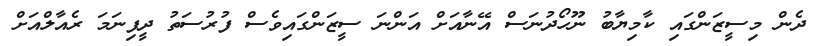
ދެން މިސީޒަންގައި ކާމިޔާބު ނޫހޯދުނަސް އޭނާއަށް އަންނަ ސީޒަންގައިވެސް ފުރުސަތު ދީފިނަމަ ރެއާލްއަށް